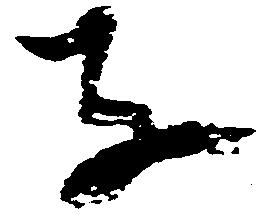
子